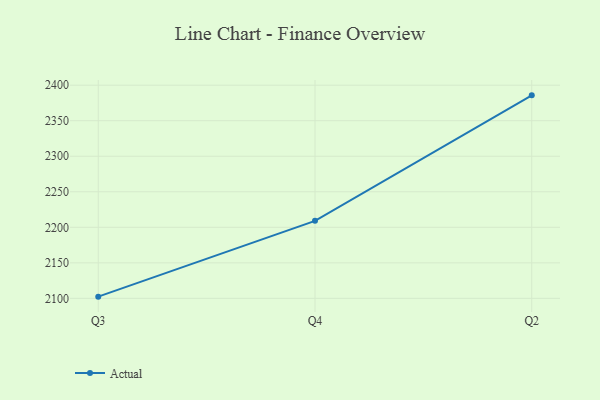
{"axis": {"x": "Quarter", "y": "Latency (ms)"}, "legend": ["Actual"], "data": [{"x": "Q3", "y": 2102.4, "type": "Actual"}, {"x": "Q4", "y": 2209.1, "type": "Actual"}, {"x": "Q2", "y": 2385.7, "type": "Actual"}]}